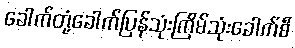
ခေါက်တုံ့ခေါက်ပြန်သုံးကြိမ်သုံးခေါက်စီ